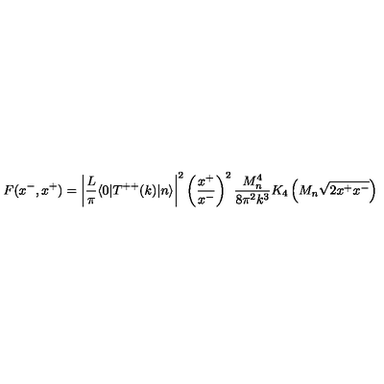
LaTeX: F ( x ^ { - } , x ^ { + } ) = \left| { \frac { L } { \pi } } \langle 0 | T ^ { + + } ( k ) | n \rangle \right| ^ { 2 } \left( { \frac { x ^ { + } } { x ^ { - } } } \right) ^ { 2 } { \frac { M _ { n } ^ { 4 } } { 8 \pi ^ { 2 } k ^ { 3 } } } K _ { 4 } \left( M _ { n } \sqrt { 2 x ^ { + } x ^ { - } } \right)